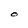
Character: O